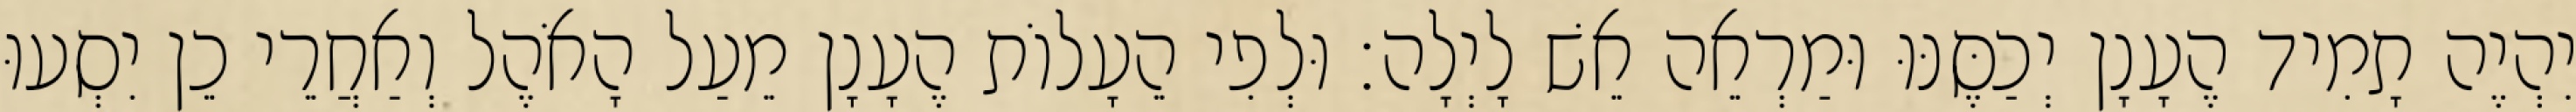
יִהְיֶה תָמִיד הֶעָנָן יְכַסֶּנּוּ וּמַרְאֵה אֵשׁ לָיְלָה׃ וּלְפִי הֵעָלוֹת הֶעָנָן מֵעַל הָאֹהֶל וְאַחֲרֵי כֵן יִסְעוּ